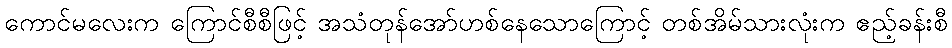
ကောင်မလေးက ကြောင်စီစီဖြင့် အသံတုန်အော်ဟစ်နေသောကြောင့် တစ်အိမ်သားလုံးက ဧည့်ခန်းစီ